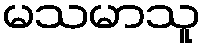
မသမာသူ